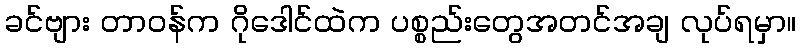
ခင်ဗျား တာဝန်က ဂိုဒေါင်ထဲက ပစ္စည်းတွေအတင်အချ လုပ်ရမှာ။